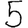
Digit: 5